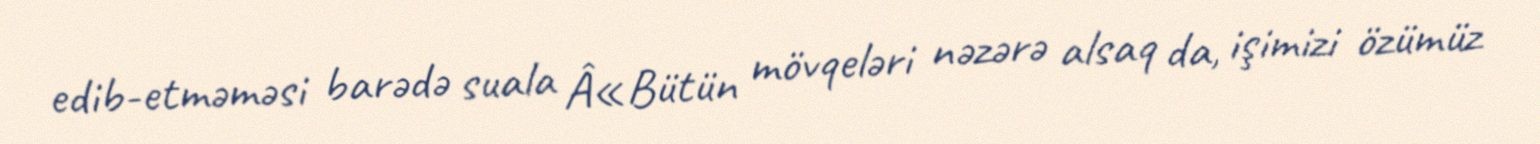
edib-etməməsi barədə suala Â«Bütün mövqeləri nəzərə alsaq da, işimizi özümüz